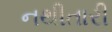
નથીતારી